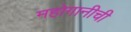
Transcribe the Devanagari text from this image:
महोगानीची